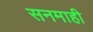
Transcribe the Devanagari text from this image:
सनमाही